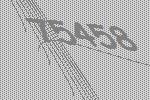
75458